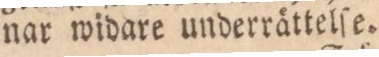
nar widare underrättelſe.